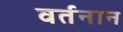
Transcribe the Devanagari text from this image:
वर्तनान